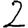
Digit: 2